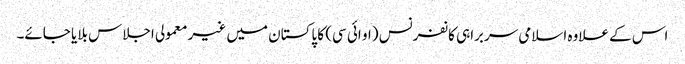
اس کے علاوہ اسلامی سربراہی کانفرنس (او ائی سی) کا پاکستان میں غیر معمولی اجلاس بلایا جائے۔